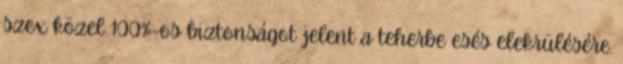
szex közel 100%-os biztonságot jelent a teherbe esés elekrülésére.